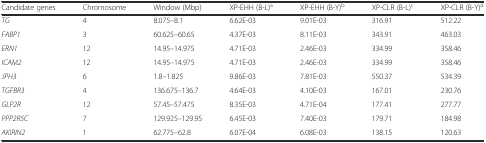
<table><thead><tr><td><b>Candidate genes</b></td><td><b>Chromosome</b></td><td><b>Window (Mbp)</b></td><td><b>XP-EHH (B-L)<sup>a</sup></b></td><td><b>XP-EHH (B-Y)<sup>b</sup></b></td><td><b>XP-CLR (B-L)<sup>c</sup></b></td><td><b>XP-CLR (B-Y)<sup>d</sup></b></td></tr></thead><tbody><tr><td><i>TG</i></td><td>4</td><td>8.075–8.1</td><td>6.62E-03</td><td>9.01E-03</td><td>316.91</td><td>512.22</td></tr><tr><td><i>FABP1</i></td><td>3</td><td>60.625–60.65</td><td>4.37E-03</td><td>8.11E-03</td><td>343.91</td><td>463.03</td></tr><tr><td><i>ERN1</i></td><td>12</td><td>14.95–14.975</td><td>4.71E-03</td><td>2.46E-03</td><td>334.99</td><td>358.46</td></tr><tr><td><i>ICAM2</i></td><td>12</td><td>14.95–14.975</td><td>4.71E-03</td><td>2.46E-03</td><td>334.99</td><td>358.46</td></tr><tr><td><i>JPH3</i></td><td>6</td><td>1.8–1.825</td><td>9.86E-03</td><td>7.81E-03</td><td>550.37</td><td>534.39</td></tr><tr><td><i>TGFBR3</i></td><td>4</td><td>136.675–136.7</td><td>4.64E-03</td><td>4.10E-03</td><td>167.01</td><td>230.76</td></tr><tr><td><i>GLP2R</i></td><td>12</td><td>57.45–57.475</td><td>8.35E-03</td><td>4.71E-04</td><td>177.41</td><td>277.77</td></tr><tr><td><i>PPP2R5C</i></td><td>7</td><td>129.925–129.95</td><td>6.45E-03</td><td>7.40E-03</td><td>179.71</td><td>184.98</td></tr><tr><td><i>AKIRIN2</i></td><td>1</td><td>62.775–62.8</td><td>6.07E-04</td><td>6.08E-03</td><td>138.15</td><td>120.63</td></tr></tbody></table>